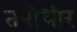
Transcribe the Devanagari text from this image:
तपोधीर